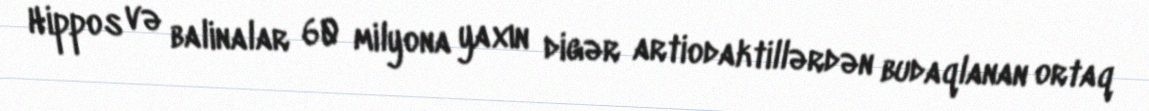
Hippos və balinalar 60 milyona yaxın digər artiodaktillərdən budaqlanan ortaq